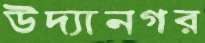
উদ্যানগর